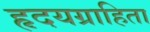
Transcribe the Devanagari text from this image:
हृदयग्राहिता